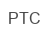
РТС